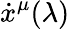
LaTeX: \dot{x}^{\mu}(\lambda)